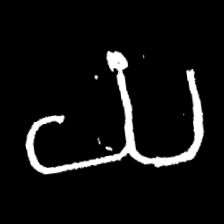
Pyu character \u2014 Myanmar letter: ယ (romanized: ya)